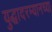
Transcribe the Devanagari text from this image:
युद्धादरम्यानच्या